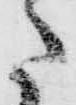
た